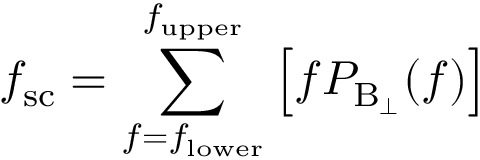
f _ { \mathrm { s c } } = \sum _ { f = f _ { \mathrm { l o w e r } } } ^ { f _ { \mathrm { u p p e r } } } \left[ f P _ { \mathrm { B _ { \perp } } } ( f ) \right]